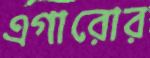
এগারোর